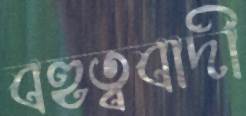
বহুত্ববাদী